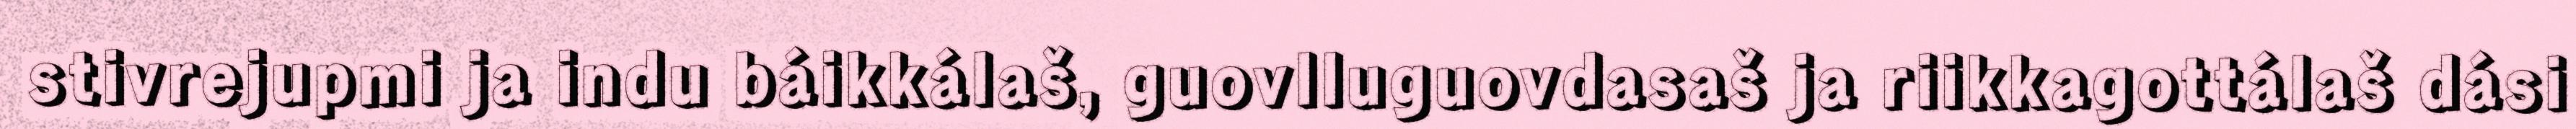
stivrejupmi ja indu báikkálaš, guovlluguovdasaš ja riikkagottálaš dási